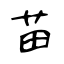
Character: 苗